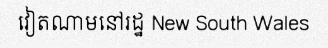
វៀតណាមនៅរដ្ឋ New South Wales